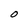
Character: O